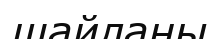
шайланы